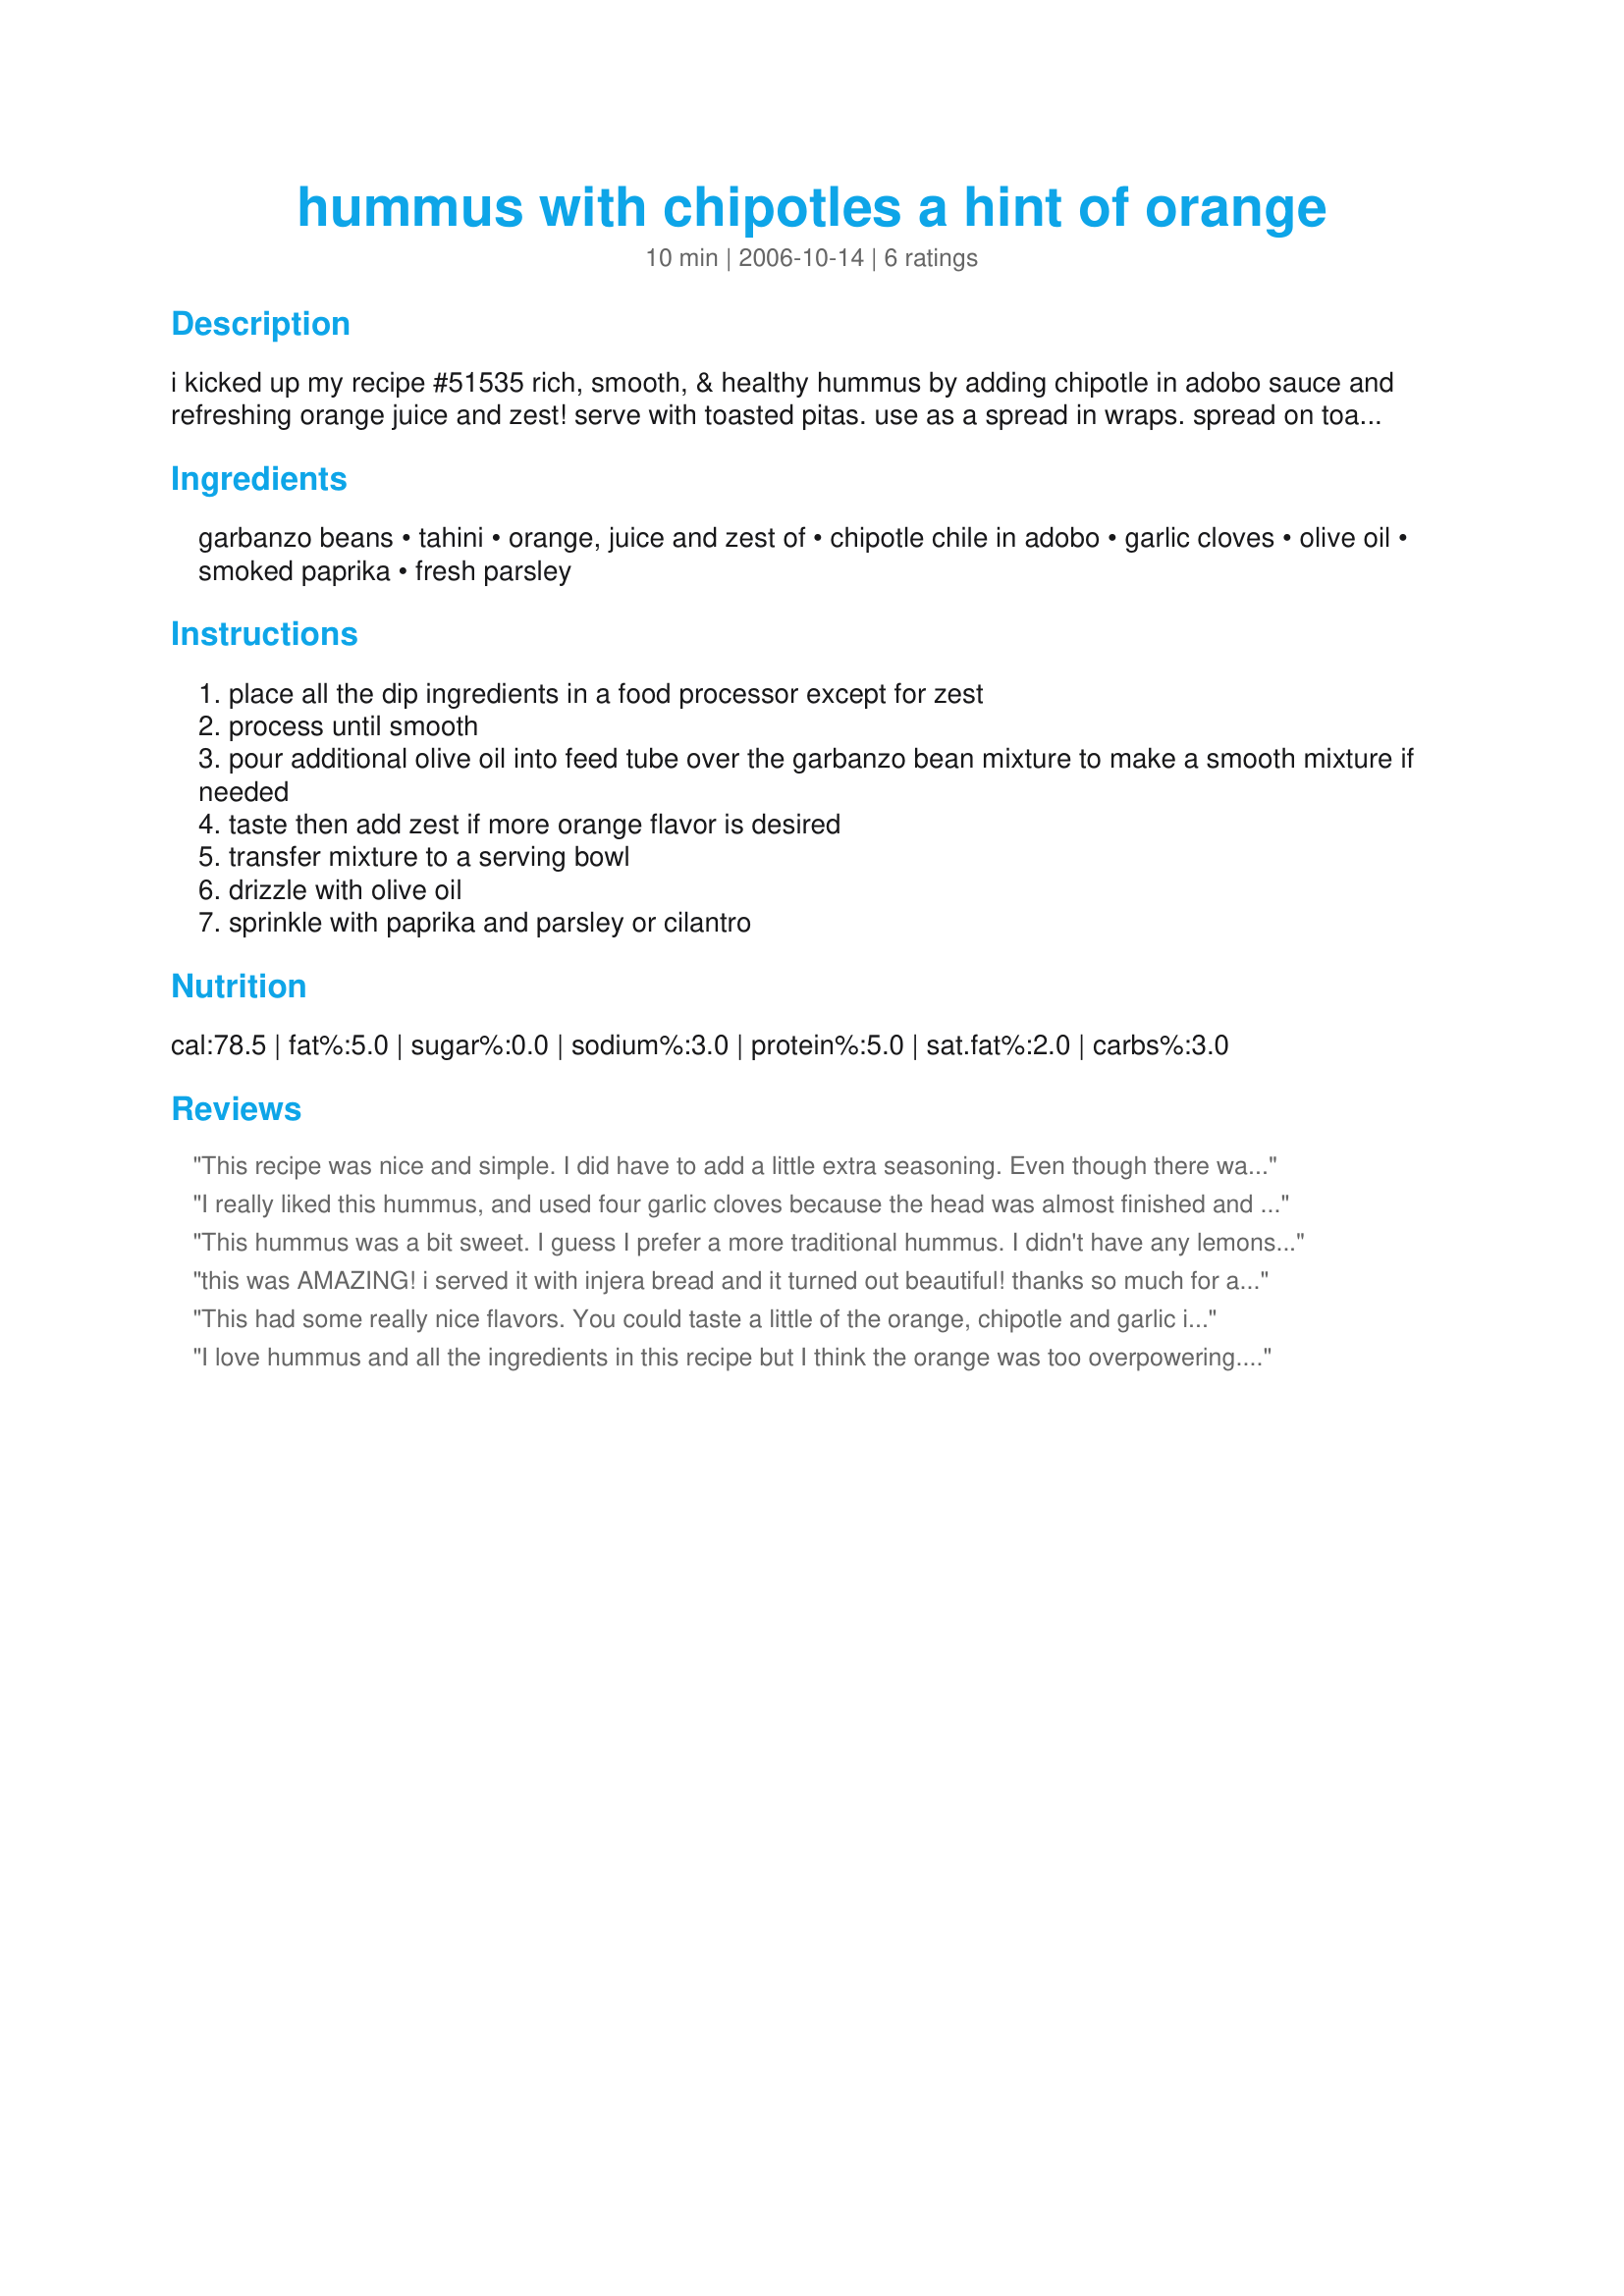
hummus with chipotles a hint of orange
Preparation time: 10 minutes

i kicked up my recipe #51535 rich, smooth, & healthy hummus by adding chipotle in adobo sauce and refreshing orange juice and zest! serve with toasted pitas. use as a spread in wraps. spread on toasted rye topped with ripe tomatoes. also add diced roasted red peppers if you like.

Ingredients:
garbanzo beans, tahini, orange, juice and zest of, chipotle chile in adobo, garlic cloves, olive oil, smoked paprika, fresh parsley

Steps:
place all the dip ingredients in a food processor except for zest
process until smooth
pour additional olive oil into feed tube over the garbanzo bean mixture to make a smooth mixture if needed
taste then add zest if more orange flavor is desired
transfer mixture to a serving bowl
drizzle with olive oil
sprinkle with paprika and parsley or cilantro

Reviews:
This recipe was nice and simple. I did have to add a little extra seasoning. Even though there was a chipotle pepper, it was still a little to bland for our taste.
I really liked this hummus, and used four garlic cloves because the head was almost finished and they were all pretty small in comparison to some of the other cloves. I thought the orange was a nice touch and added a bit of sweetness to the heat of the chili. I think, though, a bit less orange flavour would be better, although it was a nice change for me.
This hummus was a bit sweet. I guess I prefer a more traditional hummus. I didn't have any lemons, so I was still glad to find this recipe.
this was AMAZING! i served it with injera bread and it turned out beautiful!
thanks so much for a gorgeous recipe!!!!
This had some really nice flavors. You could taste a little of the orange, chipotle and garlic in each bite. Went well with some pita chips.
I love hummus and all the ingredients in this recipe but I think the orange was too overpowering. Perhaps using less zest or more acid like mixing in a little lemon juice would help.
